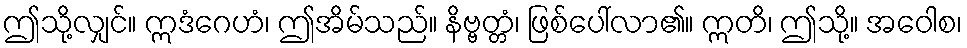
ဤသို့လျှင်။ ဣဒံဂေဟံ၊ ဤအိမ်သည်။ နိဗ္ဗတ္တံ၊ ဖြစ်ပေါ်လာ၏။ ဣတိ၊ ဤသို့။ အဝေါစ၊